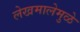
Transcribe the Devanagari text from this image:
लेखमालेमुळे